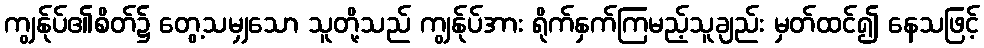
ကျွန်ုပ်၏စိတ်၌ တွေ့သမျှသော သူတို့သည် ကျွန်ုပ်အား ရိုက်နှက်ကြမည့်သူချည်း မှတ်ထင်၍ နေသဖြင့်